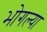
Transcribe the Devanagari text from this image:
भोगल्या